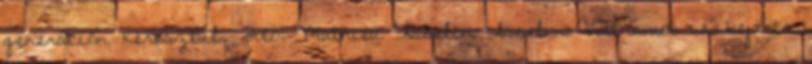
generáción keresztül. Fotó: Mathieu Asselin Asselin Vietnamot is bejárta